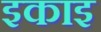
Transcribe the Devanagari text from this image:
इकाइ